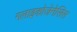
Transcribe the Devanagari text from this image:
गलाइकोजेनेसिस